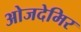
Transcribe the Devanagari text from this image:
ओजदेमिर